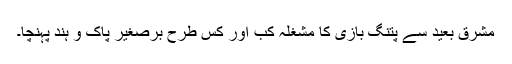
مشرقِ بعید سے پتنگ بازی کا مشغلہ کب اور کس طرح برصغیر پاک و ہند پہنچا۔